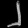
Digit: ၂